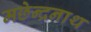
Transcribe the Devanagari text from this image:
मछेन्द्रनाथ